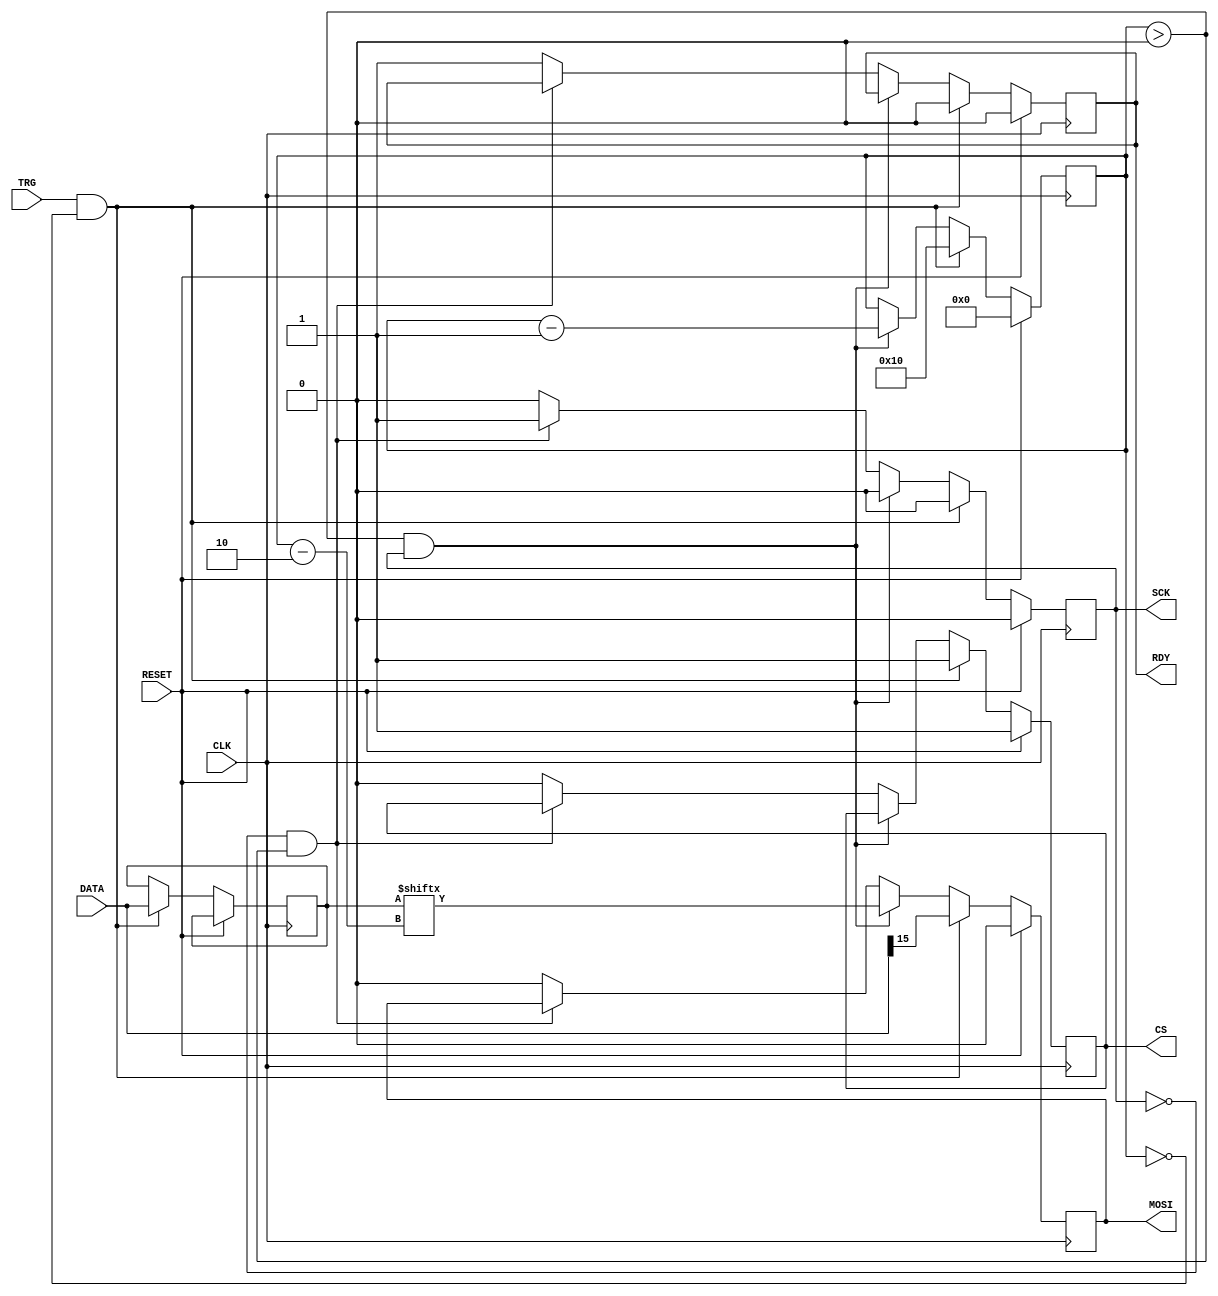
module SPI #(
	parameter DATASIZE		= 16
)(
    output wire MOSI, 
    output wire SCK, 
    output wire CS, 

    //  Interface
    input wire RESET, 
    input wire CLK, 
    input wire [DATASIZE-1:0] DATA,
    input wire TRG, 
    output wire RDY, 

);
reg [7:0] nbits;
reg [DATASIZE-1:0] inner_data;

always @(posedge CLK) begin
    if (RESET) begin
        MOSI <= 0;
        CS <= 1;
        RDY <= 0;
        SCK <= 0;
        nbits <= 0;
    end
    else begin
        if (TRG && nbits == 0) begin
            inner_data <= DATA; 
            RDY <= 0;
            SCK <= 0;
            CS <= 1;
            MOSI <= DATA[DATASIZE-1];
            nbits <= DATASIZE;
        end           
        else if (nbits > 0 && SCK == 1) begin
	        MOSI <= inner_data[nbits-2];
            nbits <= nbits - 1;
            SCK <= 0;
        end
        else if (SCK == 0 && nbits > 0) begin
            SCK <= 1;
        end
        else begin
            MOSI <= 0;
            CS <= 0;
            RDY <= 1;
            SCK <= 0;
        end
    end
end

    
endmodule